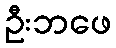
ဦးဘဖေ